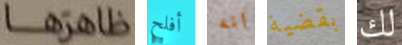
ظاهرها أفلح انه بقضية لك